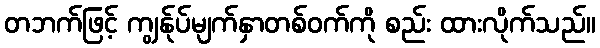
တဘက်ဖြင့် ကျွန်ုပ်မျက်နှာတစ်ဝက်ကို စည်း ထားလိုက်သည်။